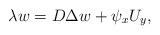
LaTeX: \begin{align*}\lambda w=D \Delta w + \psi_x U_y,\end{align*}